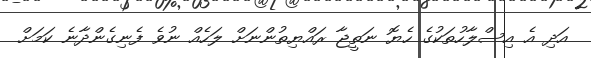
އަދި އެ އިސްލާހުތަކުގެ ހެޔޮ ނަތީޖާ ރައްޔިތުންނަށް ލަހެއް ނުވެ ފެނިގެންދާނެ ކަމަށް